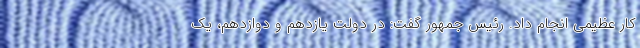
کار عظیمی انجام داد. رئیس جمهور گفت: در دولت یازدهم و دوازدهم، یک